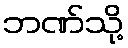
ဘဏ်သို့